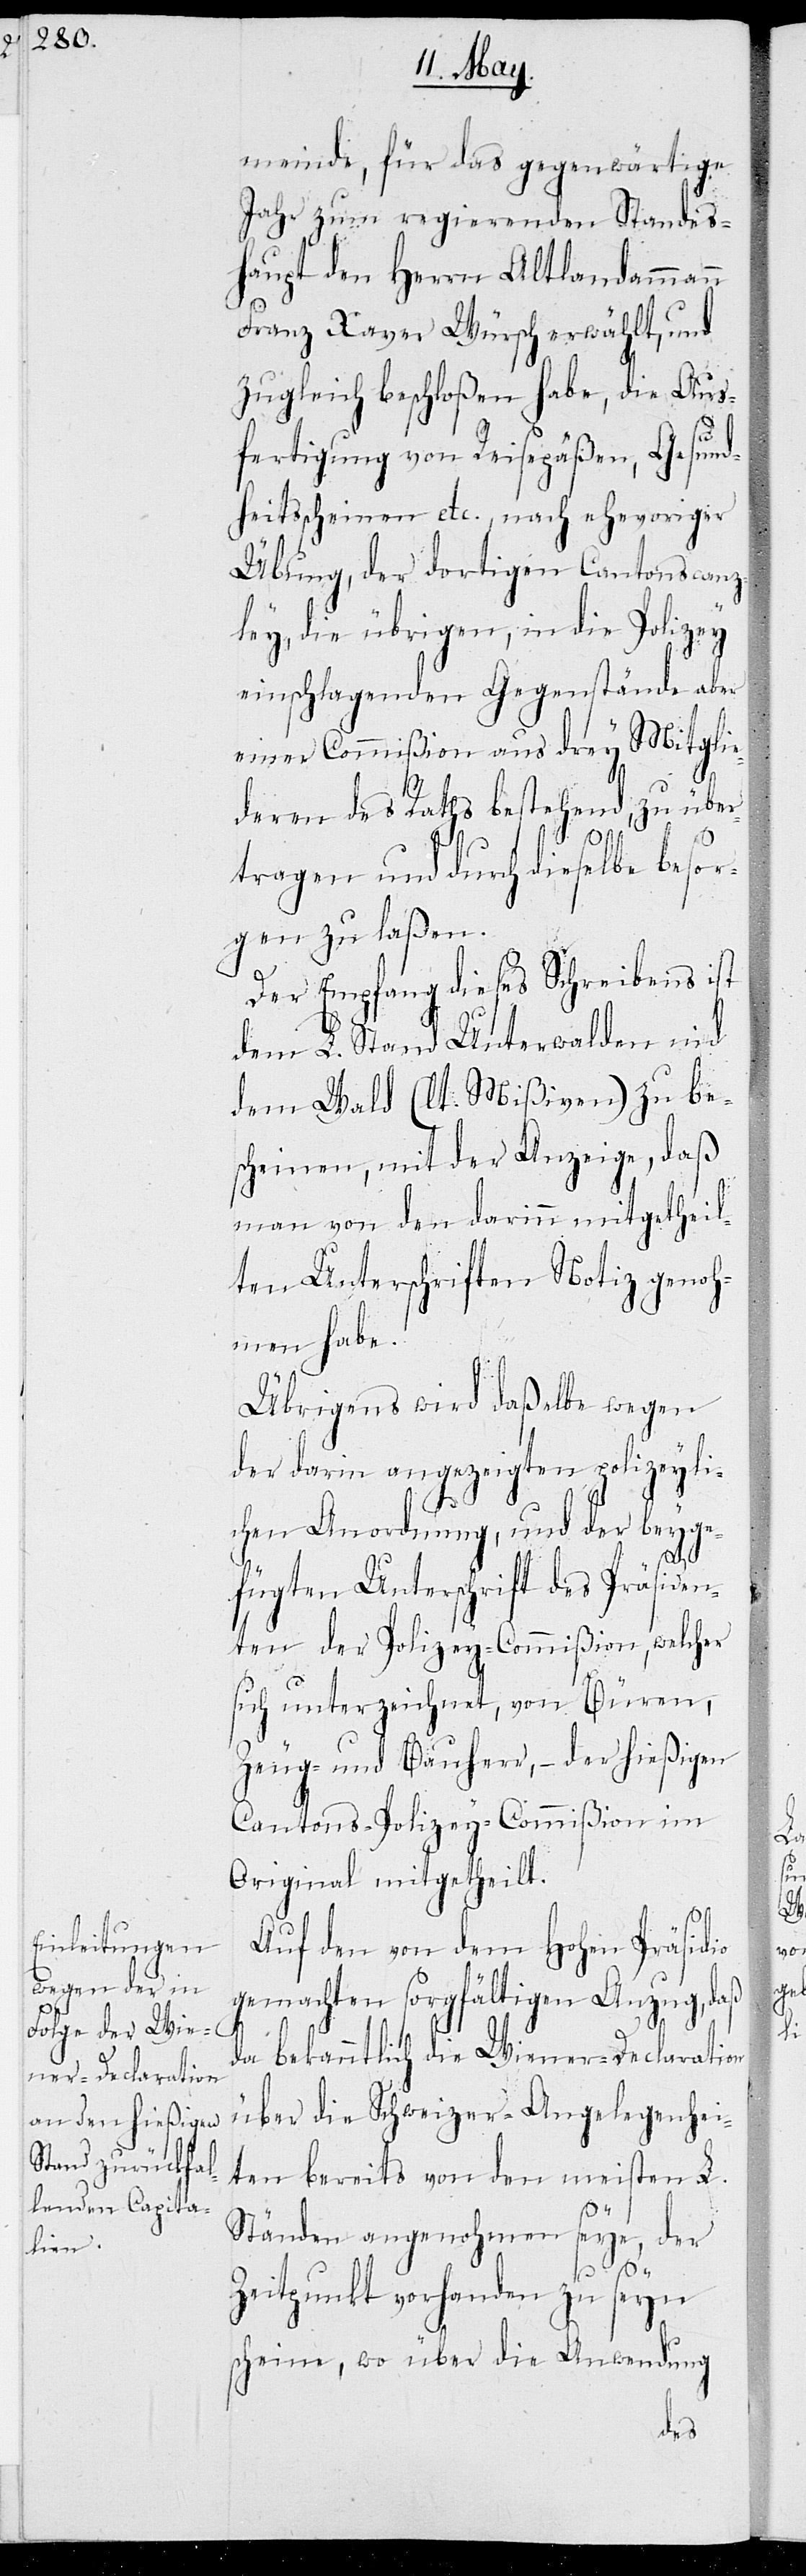
meinde, für das gegewärtige
Jahr zum regierenden Standes¬
haupt den Herrn Altlandammann
Franz Xaver Würsch erwählt, und
zugleich beschloßen habe, die Aus¬
fertigung von Reisepäßen, Gesund¬
heitsscheinen etc., nach ehevoriger
Übung der dortigen Cantonscanz¬
ley, die übrigen, in die Polizey
einschlagenden Gegenstände aber
einer Commißion aus drey Mitglie¬
deren des Raths bestehend, zu über¬
tragen und durch dieselbe besor¬
gen zu laßen.
Der Empfang dieses Schreibens ist
dem L. Stand Unterwalden nid
dem Wald (lt. Mißiven) zu bes¬
cheinen, mit der Anzeige, daß
man von den darinn mitgetheil¬
ten Unterschriften Notiz genoh¬
men habe.
Übrigens wird daßelbe wegen
der darinn angezeigten polizeyli¬
chen Anordnung, und der beyge¬
fügten Unterschrift des Präsiden¬
ten der Polizey-Commißion, welcher
sich unterzeichnet, von Büren,
Zeug- und Bauherr, – der hießigen
Cantons-Polizey-Commißion im
Original mittheilt.
Auf den von dem Hohen Präsidio
gemachten sorgfältigen Anzug, daß
da bekanntlich die Wiener-Declaration
über die Schweizer-Angelegenhei¬
ten bereits von den meisten L.
Ständen angenohmen seye, der
Zeitpunkt vorhanden zu seyn
scheine, wo über die Anwendung